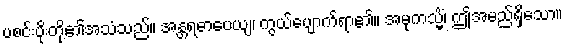
ပစင်းပိုးတို့၏အသံသည်။ အန္တရဓာပေယျ၊ ကွယ်ပျောက်ရာ၏။ အမုကသ္မိံ၊ ဤအမည်ရှိသော။